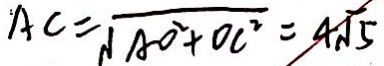
A C = \sqrt { A O ^ { 2 } + O C ^ { 2 } } = 4 \sqrt { 5 }